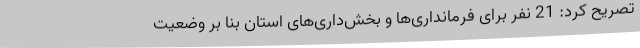
تصریح کرد: 21 نفر برای فرمانداری‌ها و بخش‌داری‌های استان بنا بر وضعیت